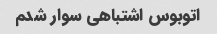
اتوبوس اشتباهی سوار شدم